Vaccine operations Central Provinces 1886-1899 - 1886-1899
Year: 1886
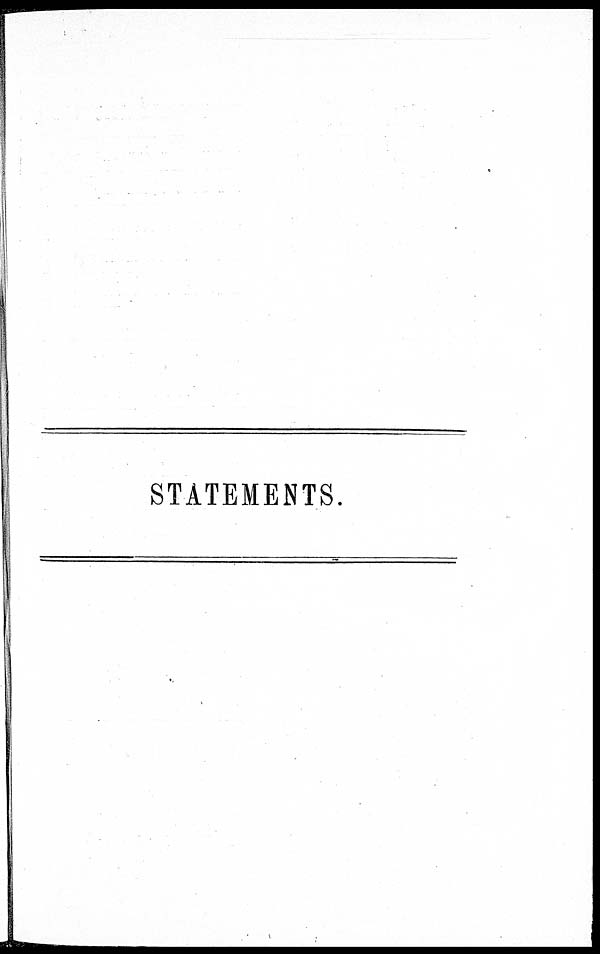
STATEMENTS.